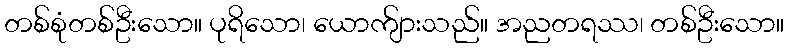
တစ်စုံတစ်ဦးသော။ ပုရိသော၊ ယောက်ျားသည်။ အညတရဿ၊ တစ်ဦးသော။